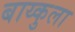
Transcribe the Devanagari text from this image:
बाय्कुला